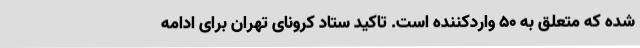
شده که متعلق به ۵۰ واردکننده است. تاکید ستاد کرونای تهران برای ادامه